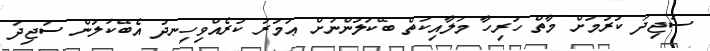
ސަޖިދަ ކުރުމަށް މާތް ހުރިހާ މަލާއިކަތް ބޭކަލުންނަށް ޢަމުރު ކުރެއްވިހިނދު އެބޭކަލުން ސަޖިދަ